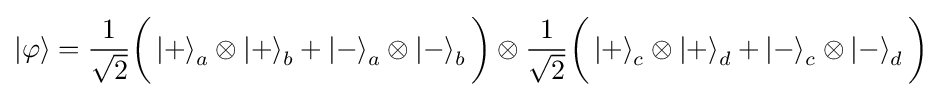
\left|\varphi \right\rangle ={\frac {1}{\sqrt {2}}}{\bigg (}\left|+\right\rangle _{a}\otimes \left|+\right\rangle _{b}+\left|-\right\rangle _{a}\otimes \left|-\right\rangle _{b}{\bigg )}\otimes {\frac {1}{\sqrt {2}}}{\bigg (}\left|+\right\rangle _{c}\otimes \left|+\right\rangle _{d}+\left|-\right\rangle _{c}\otimes \left|-\right\rangle _{d}{\bigg )}